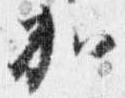
加